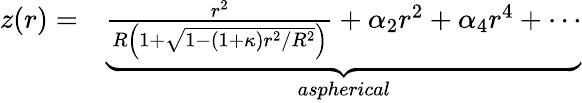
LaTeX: \begin{array}{rl}{z(r)=}&{{}\underbrace{\frac{r^{2}}{R\left(1+\sqrt{1-(1+\kappa)r^{2}/R^{2}}\right)}+\alpha_{2}r^{2}+\alpha_{4}r^{4}+\cdots}_{aspherical}}\end{array}